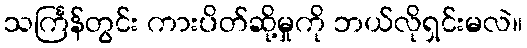
သင်္ကြန်တွင်း ကားပိတ်ဆို့မှုကို ဘယ်လိုရှင်းမလဲ။